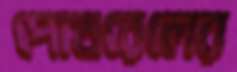
পোখরেলের